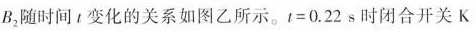
B_{2}随时间t变化的关系如图乙所示。t=0.22s时闭合开关K